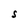
Character: S